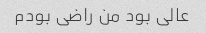
عالی بود من راضی بودم